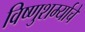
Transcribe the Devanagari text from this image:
विष्णुशर्म्याचे